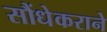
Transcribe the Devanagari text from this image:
सौंधेकराने